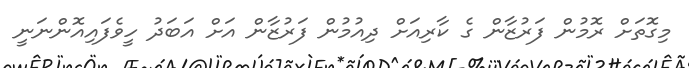
މިގޮތަށް ރޮމުން ފަރުޒާން ގެ ކާރިއަށް ދިއުމުން ފަރުޒާން އަށް އަބަދު ހީވެފައިއޮންނަނީ